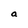
Character: a